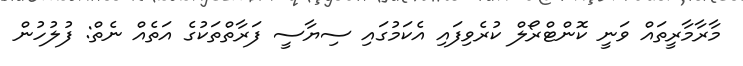
މާރާމާރީތައް ވަނީ ކޮންޓްރޯލް ކުރެވިފައި އެކަމުގައި ސިޔާސީ ފަރާތްތަކުގެ އަތެއް ނެތް: ފުލުހުން